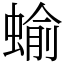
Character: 蝓